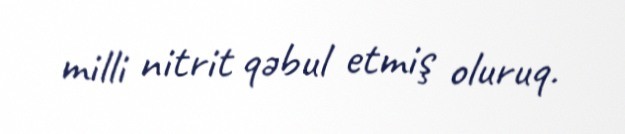
milli nitrit qəbul etmiş oluruq.